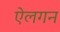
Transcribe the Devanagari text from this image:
ऐलगन